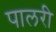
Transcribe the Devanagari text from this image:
पालरी